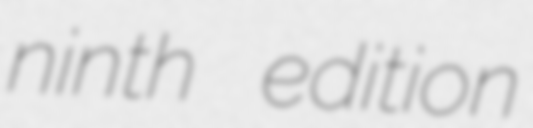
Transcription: ninth edition